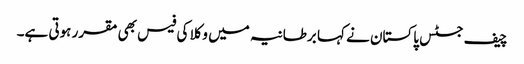
چیف جسٹس پاکستان نے کہا برطانیہ میں وکلا کی فیس بھی مقرر ہوتی ہے۔